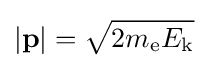
|\mathbf {p} |={\sqrt {2m_{\text{e}}E_{\text{k}}}}